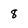
Character: 8